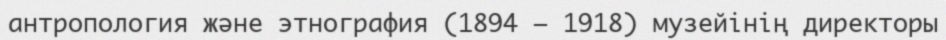
антропология және этнография (1894 — 1918) музейінің директоры